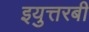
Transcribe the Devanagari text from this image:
इयुत्तरबी